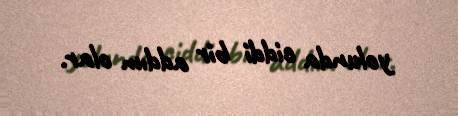
yolunda ciddi bir addım olar.